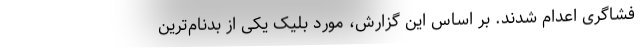
فشاگری اعدام شدند. بر اساس این گزارش، مورد بلیک یکی از بدنام‌ترین